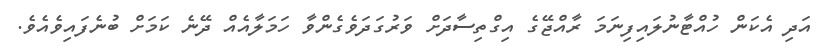
އަދި އެކަން ހުއްޓާނުލައިފިނަމަ ރާއްޖޭގެ އިގްތިސާދަށް ވަރުގަދަވެގެންވާ ހަމަލާއެއް ދޭނެ ކަމަށް ބުނެފައިވެއެވެ.